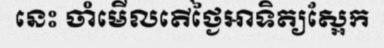
នេះ ចាំមើលតើថ្ងៃអាទិត្យស្អែក